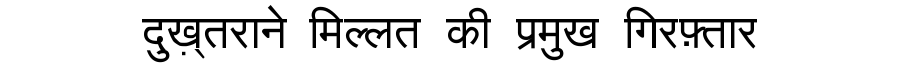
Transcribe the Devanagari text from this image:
दुख़्तराने मिल्लत की प्रमुख गिरफ़्तार